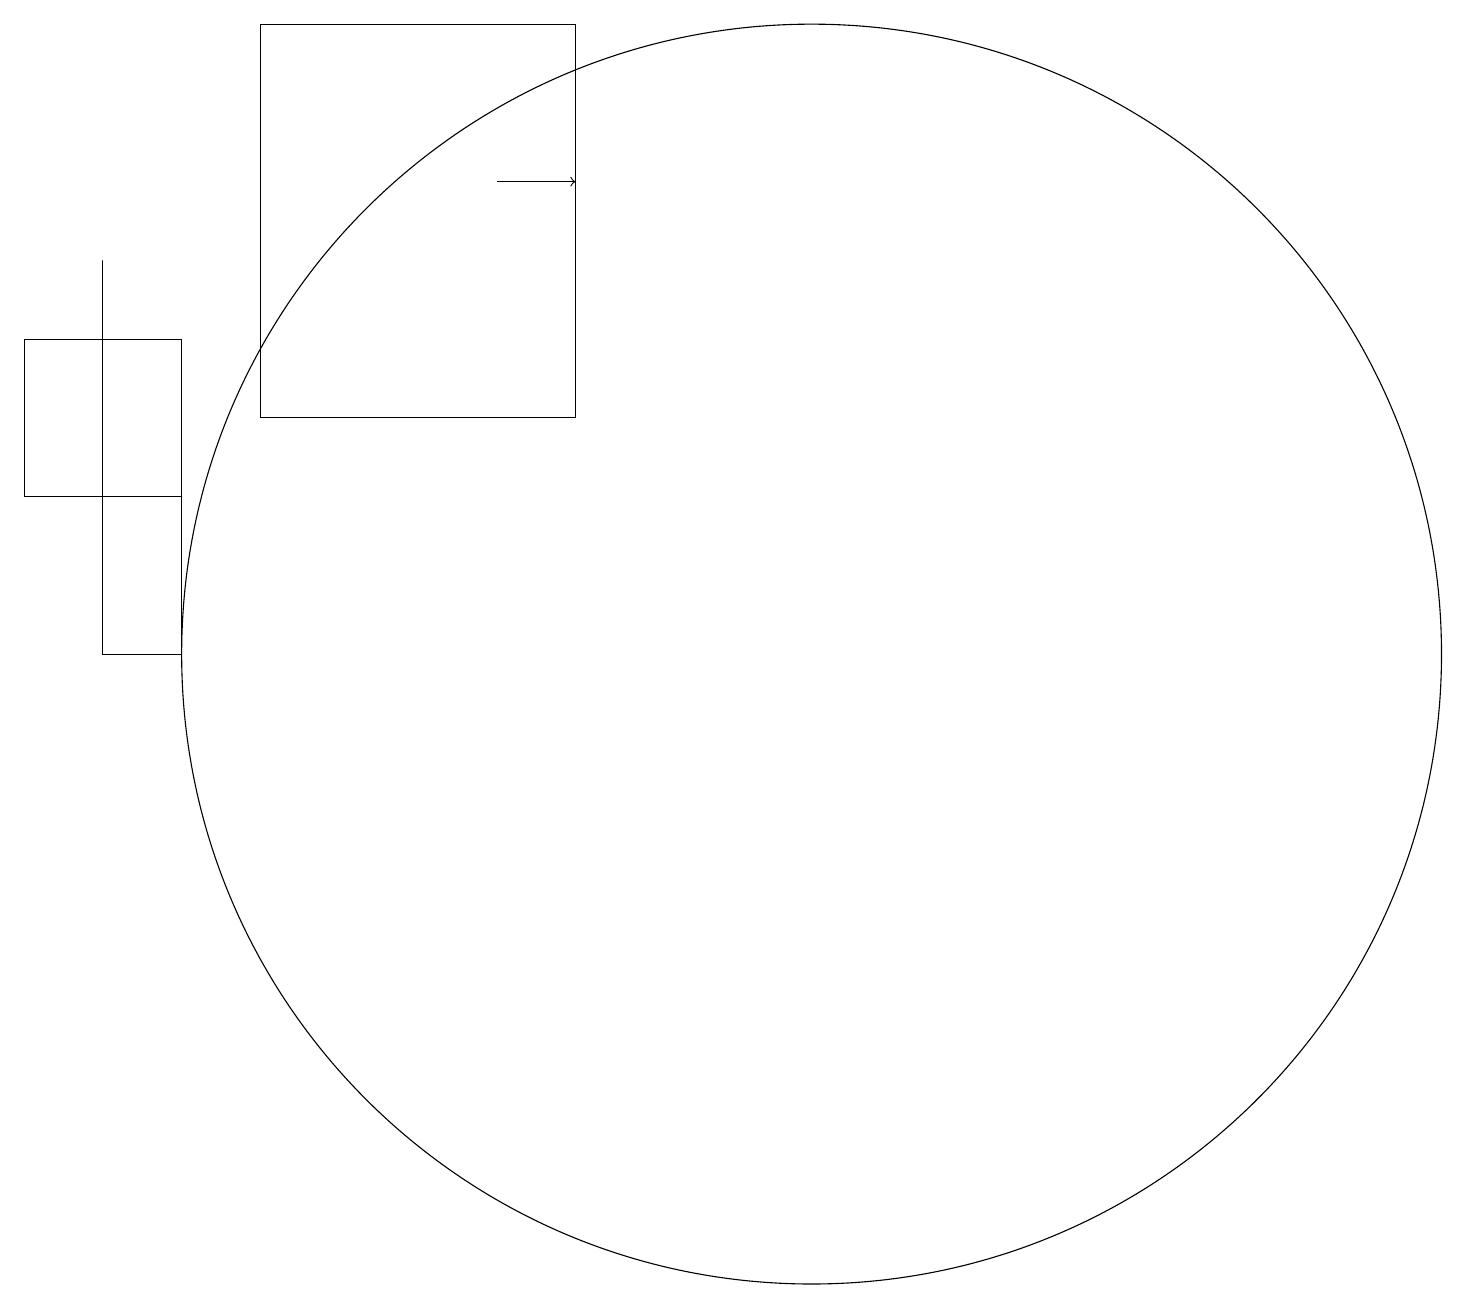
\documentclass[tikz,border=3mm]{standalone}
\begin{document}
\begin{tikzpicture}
\draw (2,12) rectangle (2,16);
\draw (11,11) circle (8);
\draw[->] (7,17) -- (8,17);
\draw (3,15) rectangle (2,11);
\draw (8,19) rectangle (4,14);
\draw (3,13) rectangle (1,15);
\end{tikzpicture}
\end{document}